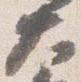
大